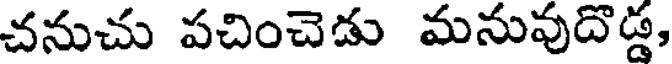
చనుచు పచించెడు మనువుదొడ్డ,